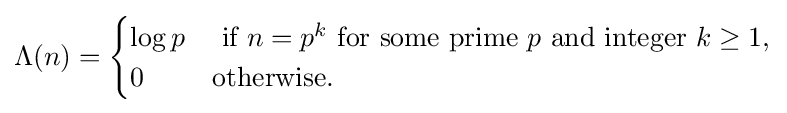
\Lambda (n)={\begin{cases}\log p&{\text{ if }}n=p^{k}{\text{ for some prime }}p{\text{ and integer }}k\geq 1,\\0&{\text{otherwise.}}\end{cases}}